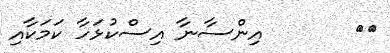
١٣       އިންސާނާ އިސްކުޅަހާ ކަމަކާއި